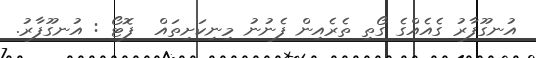
އުނގޫފާރު ގެއެއްގެ ގޯތި ތެރެއިން ފެނުނު މިނިކަށިތައް  ފޮޓޯ : އުނގޫފާރު.